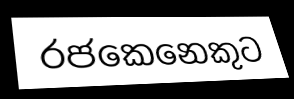
රජකෙනෙකුට